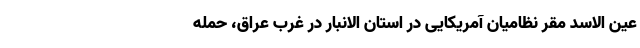
عین الاسد مقر نظامیان آمریکایی در استان الانبار در غرب عراق، حمله